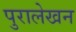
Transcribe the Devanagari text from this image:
पुरालेखन